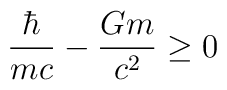
\frac{\hbar}{ mc} - \frac{Gm}{c^2} \geq 0